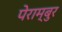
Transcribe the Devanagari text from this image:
पेराम्बुर